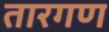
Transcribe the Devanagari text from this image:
तारगण